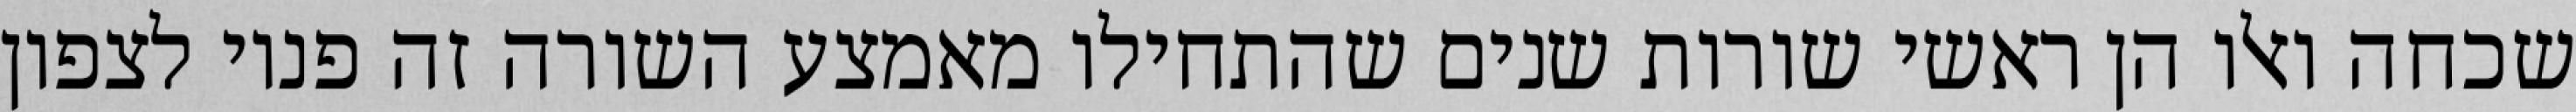
שכחה ואלו הן ראשי שורות שנים שהתחילו מאמצע השורה זה פניו לצפון